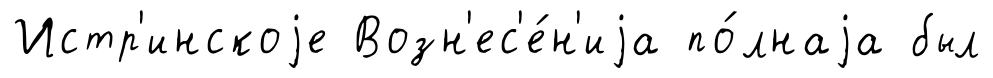
Истр'инскоjе Возн'ес'е́н'иjа по́лнаjа был